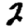
Digit: 2